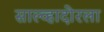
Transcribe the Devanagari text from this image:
साल्व्हादोरला